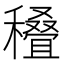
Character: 𰨽